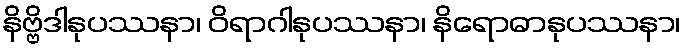
နိဗ္ဗိဒါနုပဿနာ၊ ဝိရာဂါနုပဿနာ၊ နိရောဓာနုပဿနာ၊